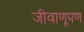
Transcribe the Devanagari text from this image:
जीवाणूपण